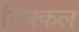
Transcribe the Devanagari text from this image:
निक्कल